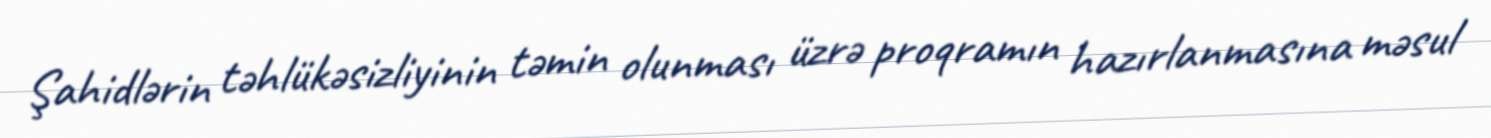
Şahidlərin təhlükəsizliyinin təmin olunması üzrə proqramın hazırlanmasına məsul